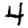
Digit: 4